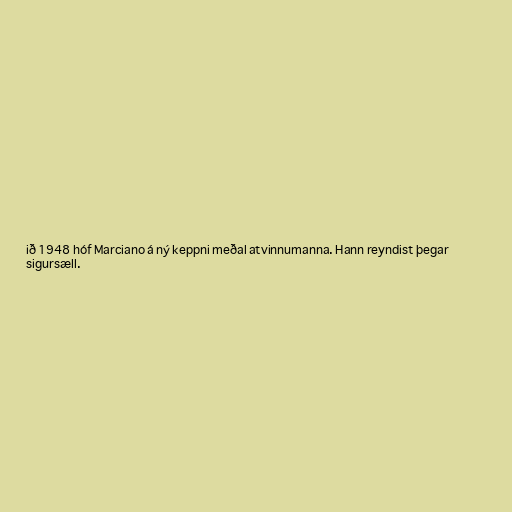
ið 1948 hóf Marciano á ný keppni meðal atvinnumanna. Hann reyndist þegar
sigursæll.